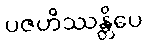
ပဇဟိဿန္တိပေ